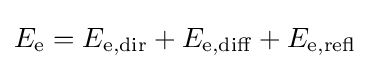
E_{\mathrm {e} }=E_{\mathrm {e} ,\mathrm {dir} }+E_{\mathrm {e} ,\mathrm {diff} }+E_{\mathrm {e} ,\mathrm {refl} }